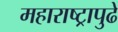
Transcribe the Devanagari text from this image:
महाराष्ट्रापुढे